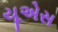
યૂએસ